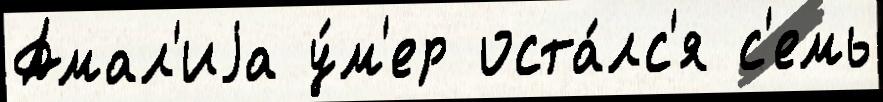
Амал'иjа у́м'ер оста́лс'я с'емь